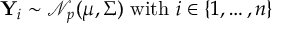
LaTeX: \mathbf { Y } _ { i } \sim { \mathcal { N } } _ { p } ( { \boldsymbol { \mu } } , { \boldsymbol { \Sigma } } ) { \mathrm { ~ w i t h ~ } } i \in \{ 1 , \ldots , n \}